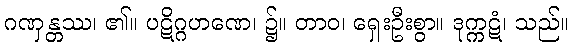
ဂဏှန္တဿ၊ ၏။ ပဋိဂ္ဂဟဏေ၊ ၌။ တာဝ၊ ရှေးဦးစွာ။ ဒုက္ကဋံ၊ သည်။